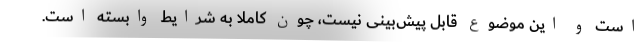
است و این موضوع قابل پیش‌بینی نیست، چون کاملا به شرایط وابسته است.